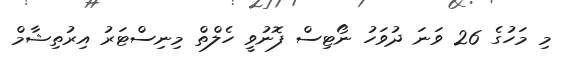
މި މަހުގެ 26 ވަނަ ދުވަހު ނޯޓިސް ފޮނުވީ ހެލްތް މިނިސްޓަރު އިރުތިޝާމް